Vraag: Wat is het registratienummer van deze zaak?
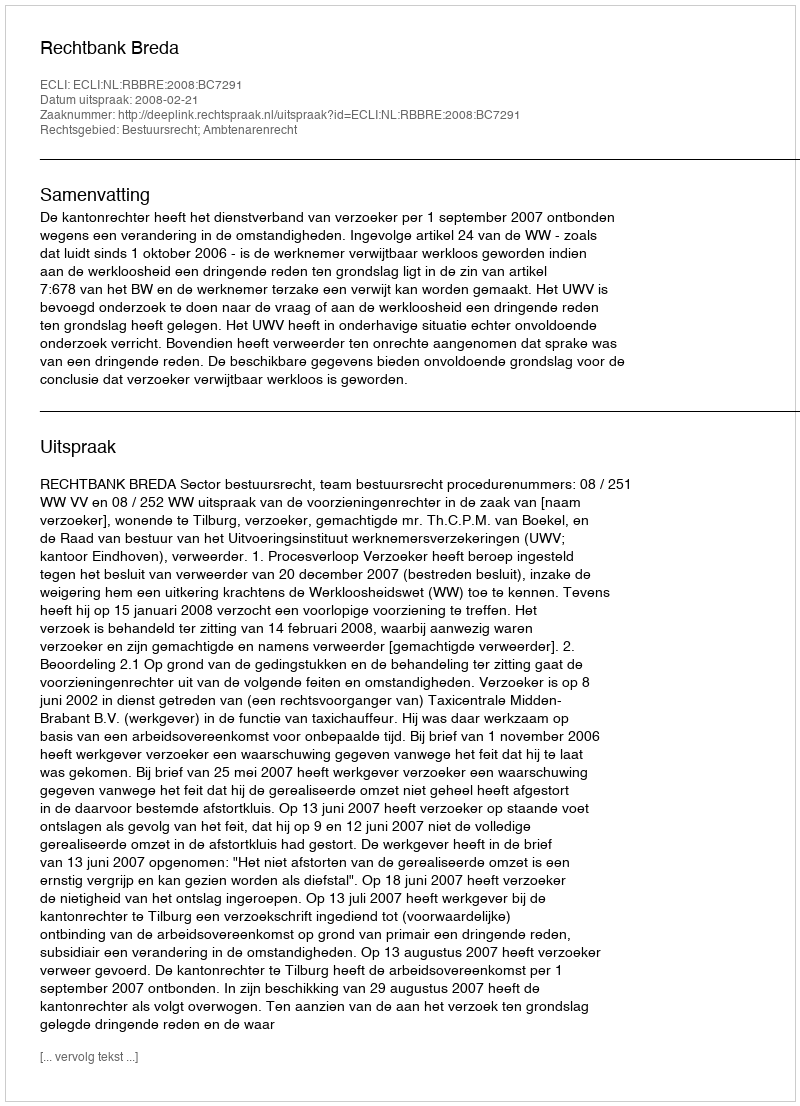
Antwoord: http://deeplink.rechtspraak.nl/uitspraak?id=ECLI:NL:RBBRE:2008:BC7291